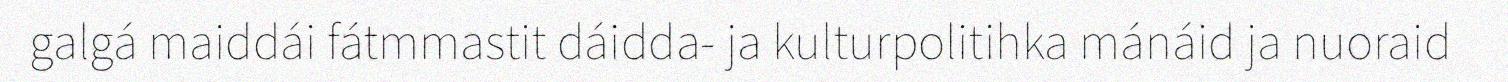
galgá maiddái fátmmastit dáidda- ja kulturpolitihka mánáid ja nuoraid